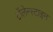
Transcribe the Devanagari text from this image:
टॉलेन्स्टाइन